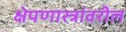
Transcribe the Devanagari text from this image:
क्षेपणास्त्रांवरील